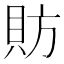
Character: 𫎒